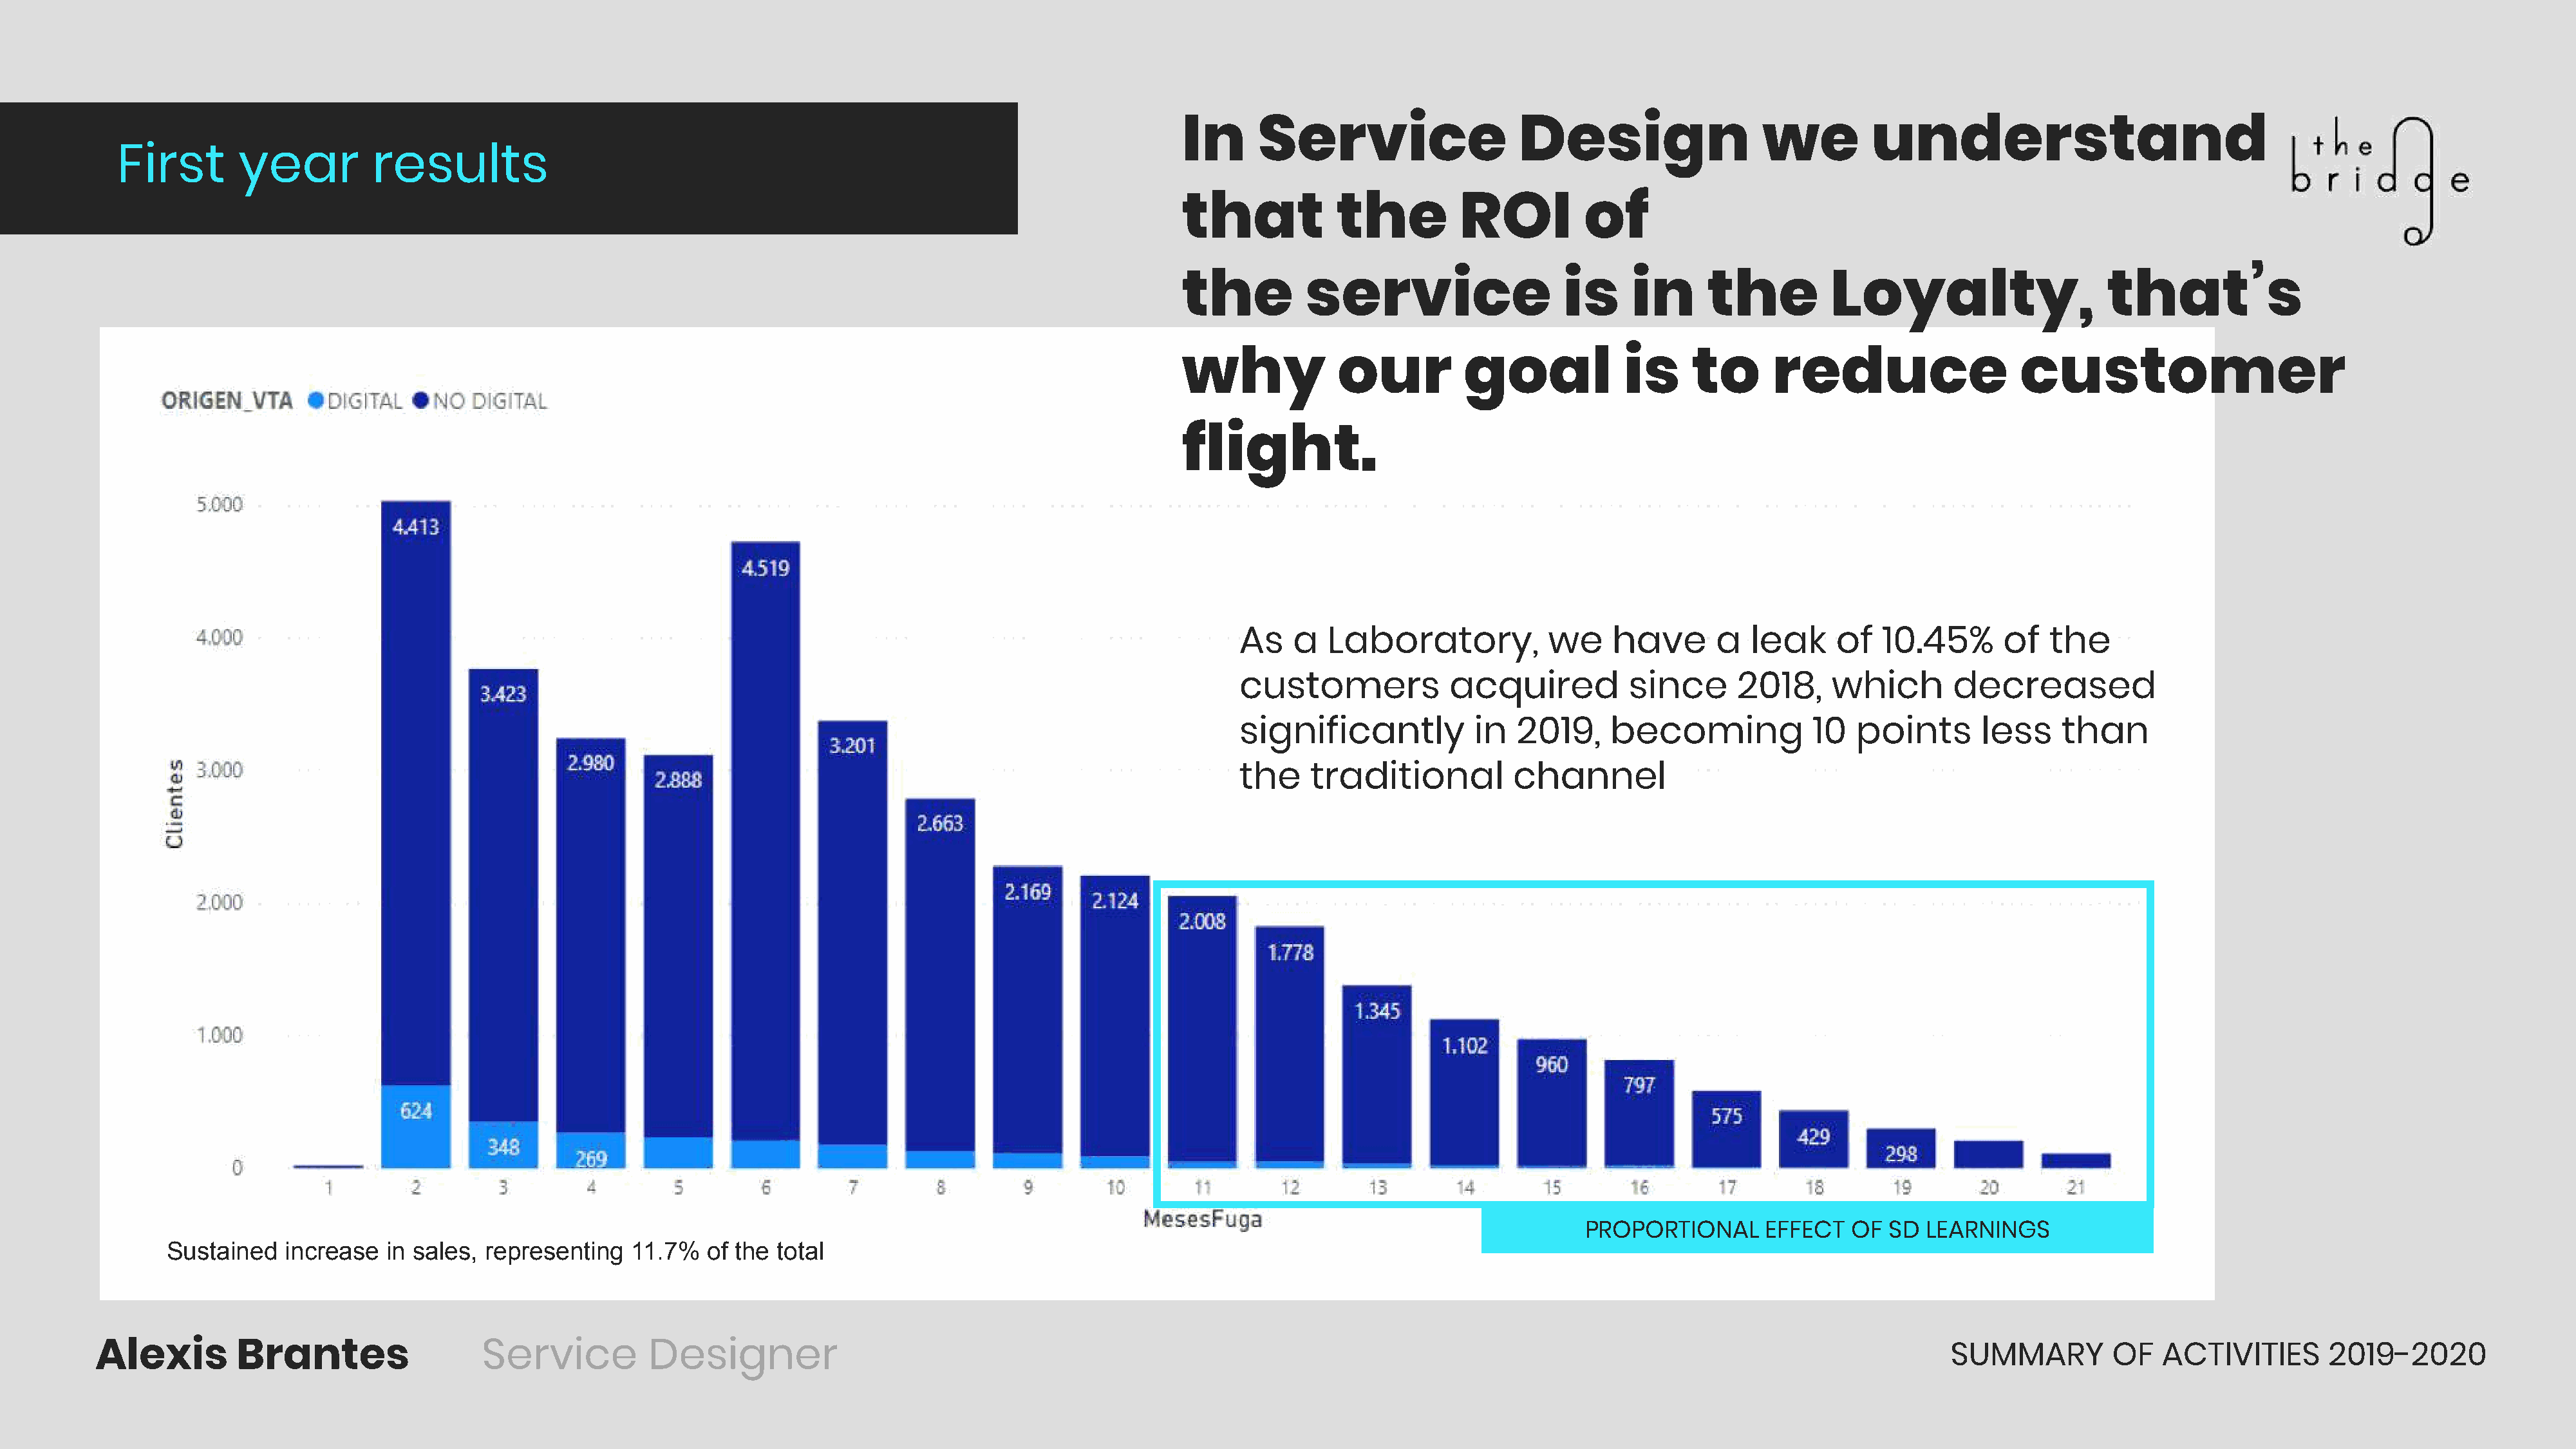
In      Service                    Design                   we         understand
 First        year         results
 that            the          ROI          of
 the          service                    is     in      the         Loyalty,                     that’s
 why              our         goal             is     to      reduce                    customer
 flight.
 As    a  Laboratory,            we     have      a   leak     of   10.45%      of   the
 customers             acquired          since       2018,    which        decreased
 significantly            in  2019,     becoming            10   points       less    than
 the     traditional          channel
 PROPORTIONAL      EFFECT   OF  SD  LEARNINGS
 Sustained   increase   in sales, representing   11.7%   of the total
 Alexis        Brantes                   Service          Designer                                                                                                                              SUMMARY         OF   ACTIVITIES       2019-2020